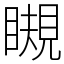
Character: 瞡